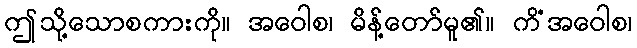
ဤသို့သောစကားကို။ အဝေါစ၊ မိန့်တော်မူ၏။ ကိံအဝေါစ၊